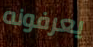
يعرفونه